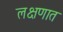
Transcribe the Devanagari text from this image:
लक्षणात